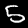
Digit: 5